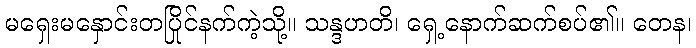
မရှေးမနှောင်းတပြိုင်နက်ကဲ့သို့။ သန္ဒဟတိ၊ ရှေ့နောက်ဆက်စပ်၏။ တေန၊